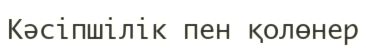
Кәсіпшілік пен қолөнер